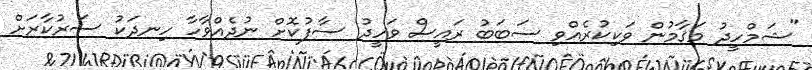
"ޝަމްހީދު މަޤާމުން ވަކިކުރެއްވި ސަބަބު ރައީސް ވަހީދު ސާފުކޮށް ނުދެއްވާހާ ހިނދަކު ސަރުކާރަށް